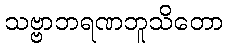
သဗ္ဗာဘရဏဘူသိတော